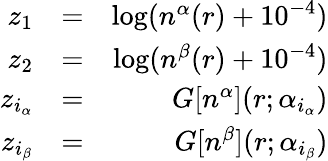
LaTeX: \begin{array}{rlr}{z_{1}}&{=}&{\log(n^{\alpha}(r)+10^{-4})}\\ {z_{2}}&{=}&{\log(n^{\beta}(r)+10^{-4})}\\ {z_{i_{\alpha}}}&{=}&{G[n^{\alpha}](r;\alpha_{i_{\alpha}})}\\ {z_{i_{\beta}}}&{=}&{G[n^{\beta}](r;\alpha_{i_{\beta}})}\end{array}